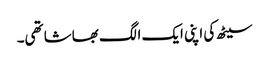
سیٹھ کی اپنی ایک الگ بھاشا تھی۔